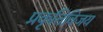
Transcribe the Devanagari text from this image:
प्रकृतिविजय